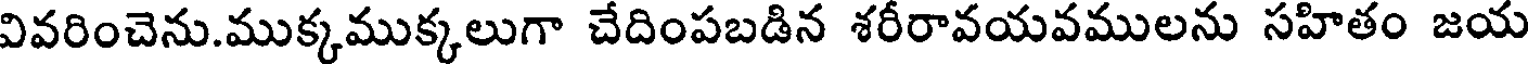
వివరించెను.ముక్కముక్కలుగా చేదింపబడిన శరీరావయవములను సహితం జయ